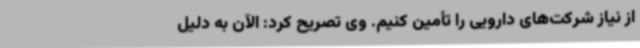
از نیاز شرکت‌های دارویی را تأمین کنیم. وی تصریح کرد: الآن به دلیل